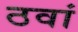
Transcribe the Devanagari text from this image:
ठवां